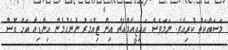
މަސައްކަތް ކުރިއެވެ. ނަމަވެސް އައިޖީއެމްއެޗް އިން ޓިއުމަރު ނުނެގުމުން އިންޑިއާ އަށް ގޮސް